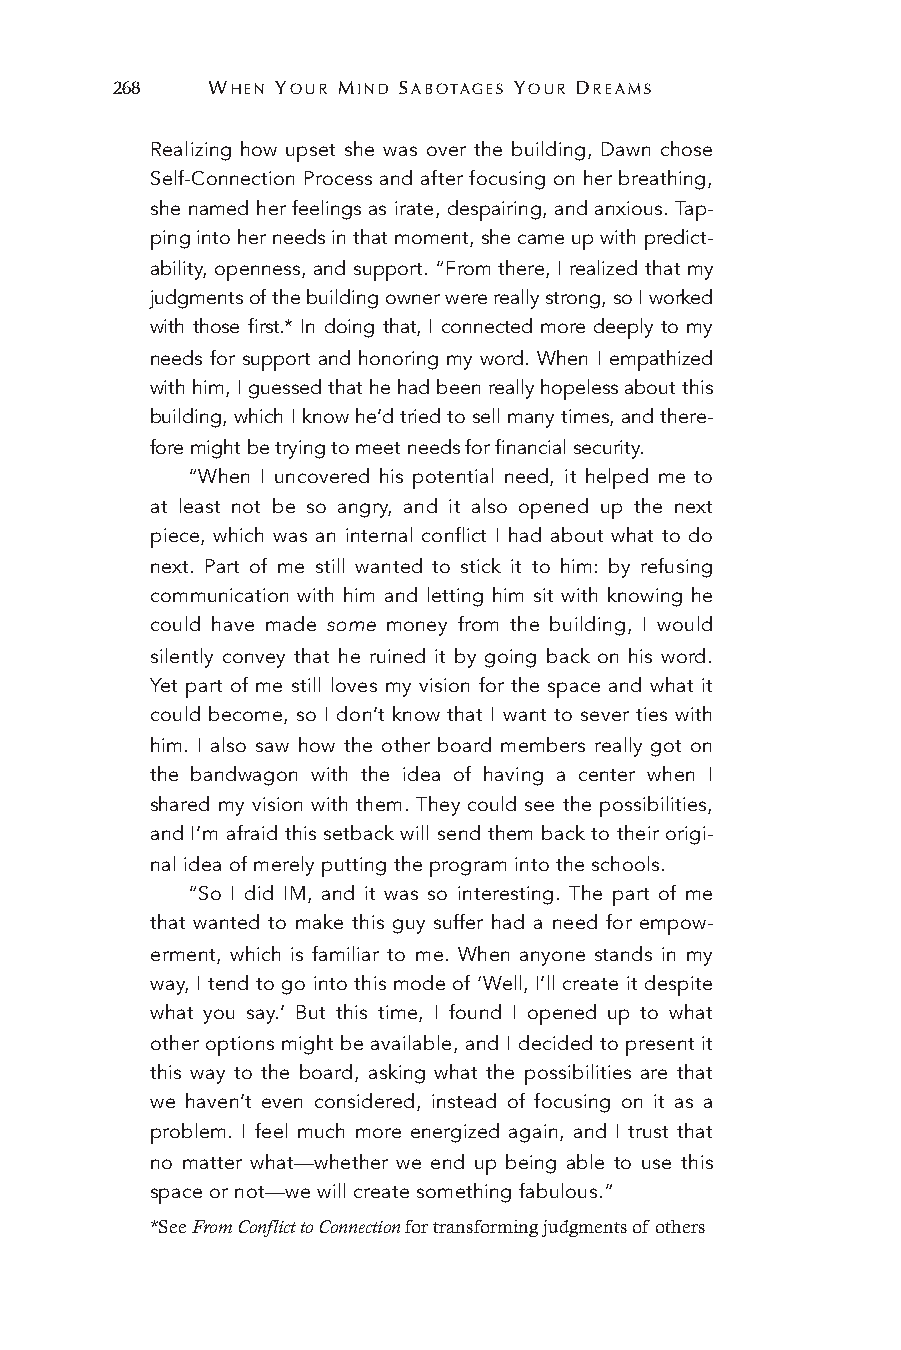
268    WHEN YOUR MIND SABOTAGES YOUR DREAMS
 Realizing how upset she was over the building, Dawn chose
 Self-Connection Process and after focusing on her breathing,
 she named her feelings as irate, despairing, and anxious. Tap-
 ping into her needs in that moment, she came up with predict-
 ability, openness, and support. “From there, I realized that my
 judgments of the building owner were really strong, so I worked
 with those first.* In doing that, I connected more deeply to my
 needs for support and honoring my word. When I empathized
 with him, I guessed that he had been really hopeless about this
 building, which I know he’d tried to sell many times, and there-
 fore might be trying to meet needs for financial security.
 “When I uncovered his potential need, it helped me to
 at least not be so angry, and it also opened up the next
 piece, which was an internal conflict I had about what to do
 next. Part of me still wanted to stick it to him: by refusing
 communication with him and letting him sit with knowing he
 could have made some money from the building, I would
 silently convey that he ruined it by going back on his word.
 Yet part of me still loves my vision for the space and what it
 could become, so I don’t know that I want to sever ties with
 him. I also saw how the other board members really got on
 the bandwagon with the idea of having a center when I
 shared my vision with them. They could see the possibilities,
 and I’m afraid this setback will send them back to their origi-
 nal idea of merely putting the program into the schools.
 “So I did IM, and it was so interesting. The part of me
 that wanted to make this guy suffer had a need for empow-
 erment, which is familiar to me. When anyone stands in my
 way, I tend to go into this mode of ‘Well, I’ll create it despite
 what you say.’ But this time, I found I opened up to what
 other options might be available, and I decided to present it
 this way to the board, asking what the possibilities are that
 we haven’t even considered, instead of focusing on it as a
 problem. I feel much more energized again, and I trust that
 no matter what—whether we end up being able to use this
 space or not—we will create something fabulous.”
 *See From Conflict to Connection for transforming judgments of others